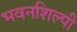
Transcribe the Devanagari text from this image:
भवनशिल्पी